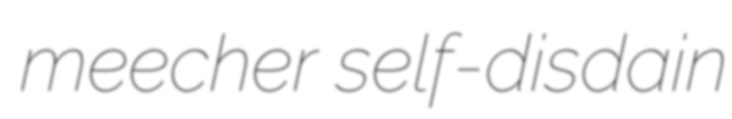
meecher self-disdain